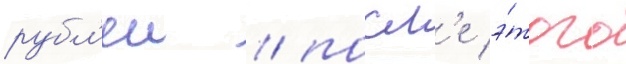
рубл'еи / посл'е э́того